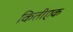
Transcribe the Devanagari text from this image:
कितीएक